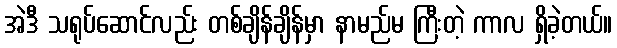
အဲဒီ သရုပ်ဆောင်လည်း တစ်ချိန်ချိန်မှာ နာမည်မ ကြီးတဲ့ ကာလ ရှိခဲ့တယ်။